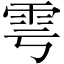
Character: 雩